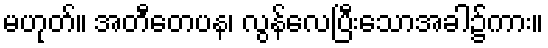
မဟုတ်။ အတီတေပန၊ လွန်လေပြီးသောအခါ၌ကား။